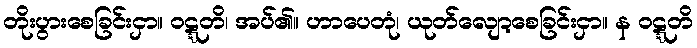
တိုးပွားစေခြင်းငှာ။ ဝဋ္ဋတိ၊ အပ်၏။ ဟာပေတုံ၊ ယုတ်လျော့စေခြင်းငှာ။ န ဝဋ္ဋတိ